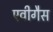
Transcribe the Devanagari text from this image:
एवीगैस